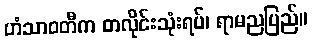
ဟံသာဝတီက တလိုင်းသုံးရပ်၊ ရာမညပြည်။